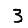
Digit: 3